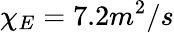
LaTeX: \chi_{E}=7.2m^{2}/s